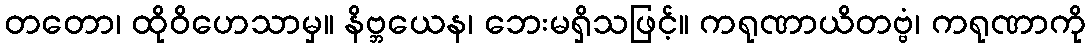
တတော၊ ထိုဝိဟေသာမှ။ နိဗ္ဘယေန၊ ဘေးမရှိသဖြင့်။ ကရုဏာယိတဗ္ဗံ၊ ကရုဏာကို